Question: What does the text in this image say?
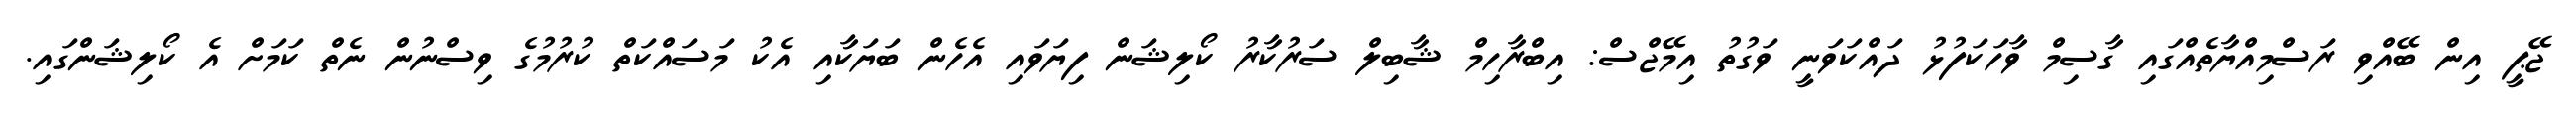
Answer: ޖޭޕީ އިން ބޭއްވި ރަސްމިއްޔާތެއްގައި ގާސިމް ވާހަކަފުޅު ދައްކަވަނީ ވަގުތު އިމޭޖްސް: އިބްރާހިމް ޝާބިލް ސަރުކާރު ކޯލިޝަން ފިޔަވައި އެހެން ބަޔަކާއި އެކު މަސައްކަތް ކުރުމުގެ ވިސްނުން ނެތް ކަމަށް އެ ކޯލިޝަންގައި.